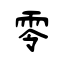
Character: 零